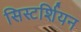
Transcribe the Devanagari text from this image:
सिस्टर्शियन